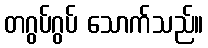
တဂွပ်ဂွပ် သောက်သည်။